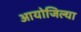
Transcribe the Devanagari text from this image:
आयोजिल्या